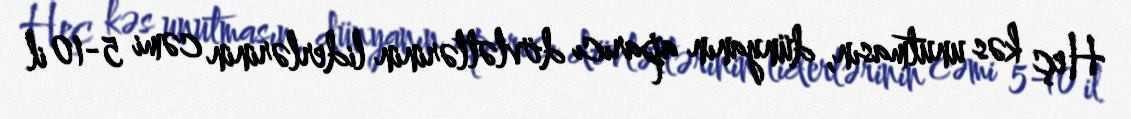
Heç kəs unutmasın, dünyanın aparıcı dövlətlərinin liderlərinin cəmi 5-10 il